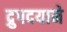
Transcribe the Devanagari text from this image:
द्रुपदयाने